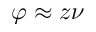
\varphi \approx z \nu